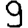
Digit: 9